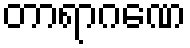
တာရာဂဏေ